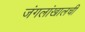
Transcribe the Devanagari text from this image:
जंगलांखालची